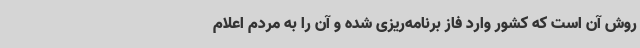
روش آن است که کشور وارد فاز برنامه‌ریزی شده و آن را به مردم اعلام